Statistical return of the lunatic asylum in Assam - 1912-1932
Year: 1912
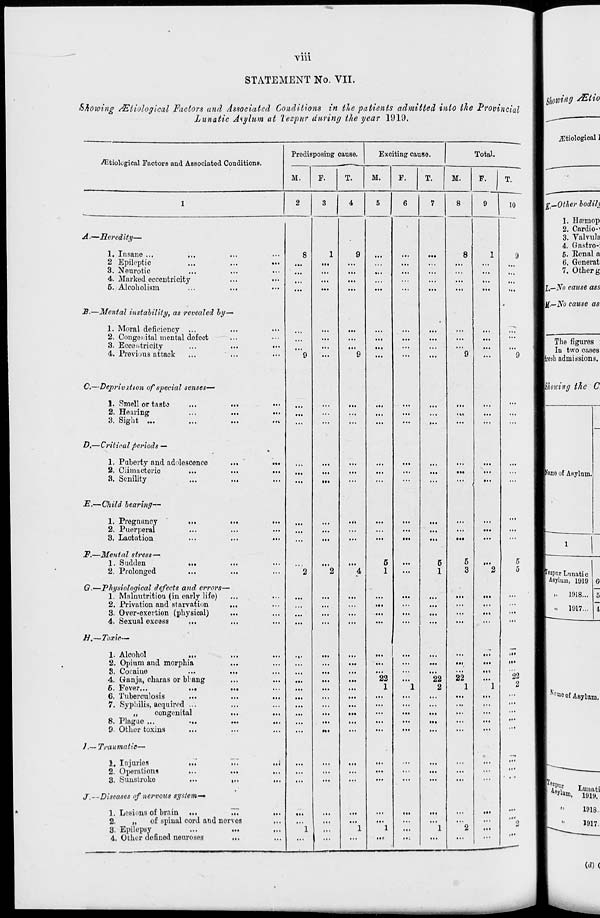
A'111
STATEMENT No. VII.
Showing AEtiological Factors and Associated Conditions in the patients admitted into the Provincial
Lunatic Asylum at lezpur during the year 1919.
^tiological Factors and Associated Conditions.
Prodisposing cause.
Exciting cause.
Total.
M.
F.
T.
M.
F.
T.
M.
A.—Heredity-
1. Insane ...
2 Epileptic
3. .Neurotic
4. Marked eccentricity
5. Alcoholism
■#•—Mental instability, as revealed by—
1. Moral deficiency ...
2. Congenital mental defect
3. Eccentricity
4. Previous attack
C.—Deprivation of special senses—
1. Smell or taste
2. Hearing
3. Sight ...
D,—Critical periods —
1. Puberty and adolescence
2. Climacteric
3. Senility
JE,— Child bearing—
1. Pregnancy
2. Puerperal
3. Lactation
F.—Mental stress—
1. Sudden
2. Prolonged
G.—Physiological defects and errors-
1. Malnutrition (in early life)
2. Privation and starvation
3. Over-exevtion (physical)
4. Sexual excess
c ..
If.—Toxic—
1. Alcohol
2. Opium and morphia
8. Cocaine
4. Ganju,, charas or bl ang
6. Fever...
...
6. Tuberculosis
7. Syphilis, acquired ...
,,
congenital
8. Plague ...
9. Other toxins
J.~ Traumatic—
1. Injuries
...
2. Operations
3. Sunstroke
J.—Diseases of nervous system-*
1. Lesions of brain ...
..7
2.
„
of spinal cord and nerves
3. Epilepsy
4. Other defined neuroses
...
• ••
F.
10
•
8
1
9
...
8
1
...
...
...
...
...
...
...
...
...
...
...
...
...
...
...
...
...
...
9
9
9
...
...
...
...
...
...
•»«
...
•
...
...
...
...
...
...
...
...
••<
>
...
...
...
...
...
...
...
...
...
...
...
...
...
•••
...
5
6
5
2
2
4
1
...
1
3
2
...
...
...
...
...
...
...
...
...
...
...
...
...
...
...
...
...
...
...
...
...
...
...
...
...
Ml
...
...
>..
...
...
...
m
...
...
...
22
22
22
...
...
...
...
1
1
2
1
1
...
...
...
...
...
...
...
...
...
...
...
...
...
...
...
...
...
...
...
Ml
...
...
...
...
...
...
...
...
•••
...
...
1..
«i.
...
...
...
...
...
...
...
1
:::
1
1
..:
1
2
...
■ II
II*
09 _-
• ••
9
|X.—iVb cause ass
]]/[.—No cause as
The figures :
In two cases
[fresh admissions.
Wzpur Lunati c
Asylum, 1919
_M